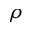
\rho